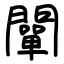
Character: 闡